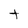
Character: t